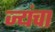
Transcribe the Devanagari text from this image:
ज्यंचा